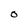
Character: 0